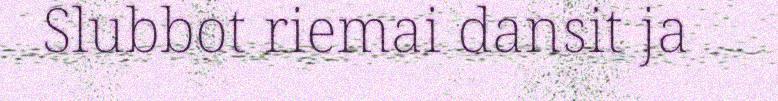
Slubbot riemai dansit ja